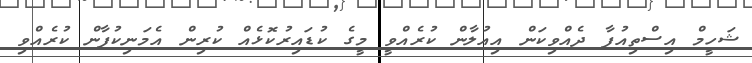
ޝަހީމް އިސްތިއުފާ ދެއްވިކަން އިއުލާން ކުރެއްވީ މީގެ ކުޑައިރުކޮޅެއް ކުރިން އެމަނިކުފާން ކުރެއްވި